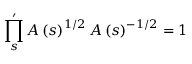
\prod _ { s } ^ { \prime } A \left( s \right) ^ { 1 / 2 } A \left( s \right) ^ { - 1 / 2 } = 1